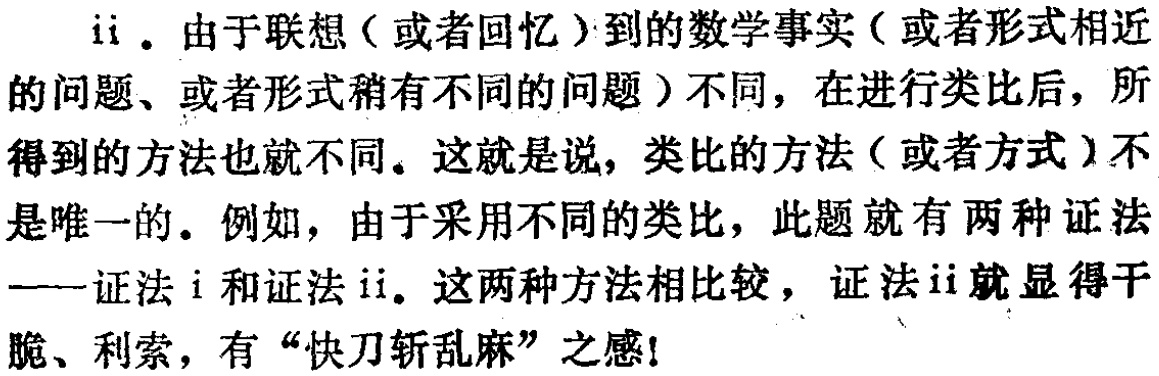
ii. 由于联想（或者回忆）到的数学事实（或者形式相近的问题、或者形式稍有不同的问题）不同，在进行类比后，所得到的方法也就不同。这就是说，类比的方法（或者方式）不是唯一的。例如，由于采用不同的类比，此题就有两种证法——证法i和证法ii。这两种方法相比较，证法ii就显得干脆、利索，有“快刀斩乱麻”之感！